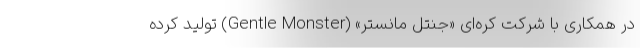
در همکاری با شرکت کره‌ای «جنتل مانستر» (Gentle Monster) تولید کرده